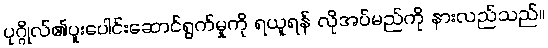
ပုဂ္ဂိုလ်၏ပူးပေါင်းဆောင်ရွက်မှုကို ရယူရန် လိုအပ်မည်ကို နားလည်သည်။